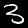
Digit: 3